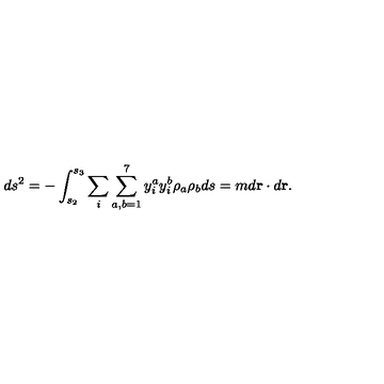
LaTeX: d s ^ { 2 } = - \int _ { s _ { 2 } } ^ { s _ { 3 } } \sum _ { i } \sum _ { a , b = 1 } ^ { 7 } { y } _ { i } ^ { a } { y } _ { i } ^ { b } \rho _ { a } \rho _ { b } d s = m d { \bf r } \cdot d { \bf r } .